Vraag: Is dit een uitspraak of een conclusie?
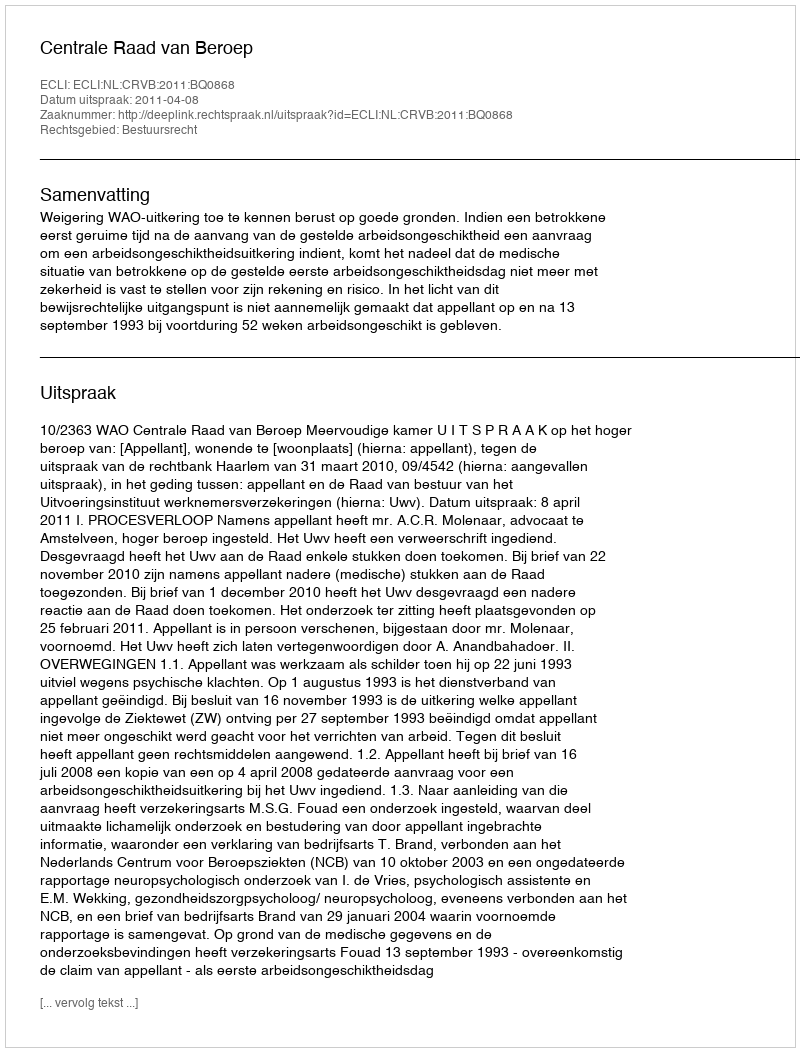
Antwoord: Uitspraak